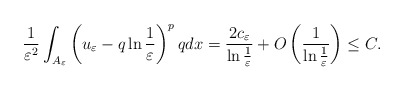
\begin{align*}\frac{1}{\varepsilon^2}\int_{A_\varepsilon}\left (u_\varepsilon-q\ln\frac{1}{\varepsilon}\right )^{p}qdx=\frac{2c_\varepsilon}{\ln\frac{1}{\varepsilon}}+O\left (\frac{1}{\ln\frac{1}{\varepsilon}}\right )\leq C.\end{align*}